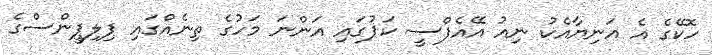
ހޮކޭގެ އެ އަނިޔާއެކު ނިއު އޭއެފްސީ ކަޕުގައި އަންނަ މަހުގެ ތިނެއްގައި ޕިލިޕީންސްގެ